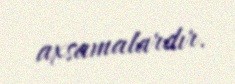
axsamalardır.